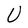
Character: U